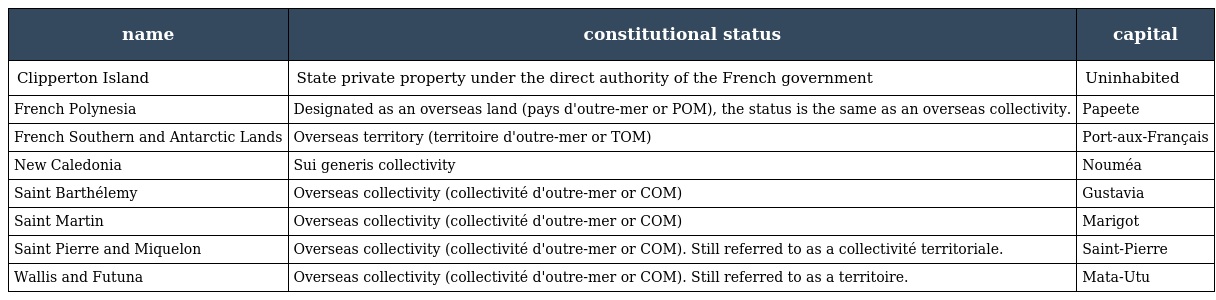
| name | constitutional status | capital |
 | --- | --- | --- |
 | Clipperton Island | State private property under the direct authority of the French government | Uninhabited |
 | French Polynesia | Designated as an overseas land (pays d'outre-mer or POM), the status is the same as an overseas collectivity. | Papeete |
 | French Southern and Antarctic Lands | Overseas territory (territoire d'outre-mer or TOM) | Port-aux-Français |
 | New Caledonia | Sui generis collectivity | Nouméa |
 | Saint Barthélemy | Overseas collectivity (collectivité d'outre-mer or COM) | Gustavia |
 | Saint Martin | Overseas collectivity (collectivité d'outre-mer or COM) | Marigot |
 | Saint Pierre and Miquelon | Overseas collectivity (collectivité d'outre-mer or COM). Still referred to as a collectivité territoriale. | Saint-Pierre |
 | Wallis and Futuna | Overseas collectivity (collectivité d'outre-mer or COM). Still referred to as a territoire. | Mata-Utu |